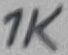
Text: 1K